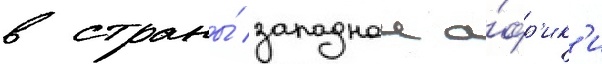
в страны́ западнои а́фр'ик'и